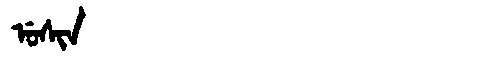
Manchu: ᡠᠰᡳᠨ
Romanization: USIN